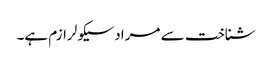
شناخت سے مراد سیکولرازم ہے۔